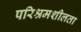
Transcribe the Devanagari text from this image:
परिश्रमशीलता